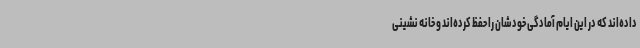
داده‌اند که در این ایام آمادگی خودشان را حفظ کرده‌اند و خانه نشینی